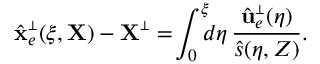
\hat { \bf x } _ { e } ^ { \scriptscriptstyle \perp } ( \xi , { \bf X } ) - { \bf X } ^ { \scriptscriptstyle \perp } = \! \int _ { 0 } ^ { \xi } \! \! \! d \eta \, \frac { \hat { \bf u } _ { e } ^ { \scriptscriptstyle \perp } ( \eta ) } { \hat { s } ( \eta , Z ) } .